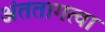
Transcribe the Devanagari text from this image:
अंततागत्वा